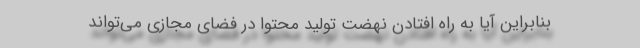
بنابراین آیا به راه افتادن نهضت تولید محتوا در فضای مجازی می‌تواند